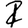
Digit: 2